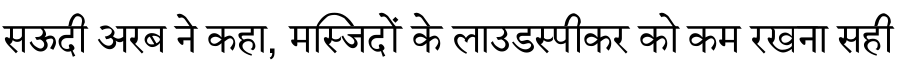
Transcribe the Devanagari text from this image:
सऊदी अरब ने कहा, मस्जिदों के लाउडस्पीकर को कम रखना सही